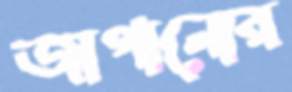
জাগানোর